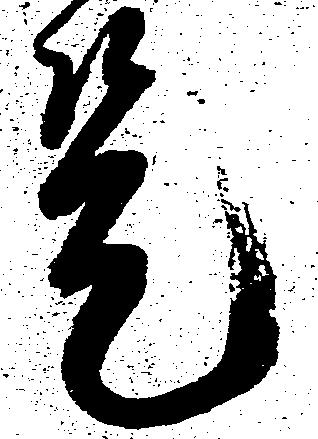
是